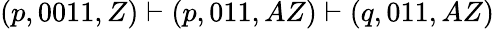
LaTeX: (p,0011,Z)\vdash(p,011,AZ)\vdash(q,011,AZ)